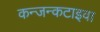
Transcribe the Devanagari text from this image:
कन्जन्कटाइवा